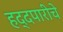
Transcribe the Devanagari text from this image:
हद्दपारीचे